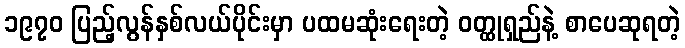
၁၉၇၀ ပြည့်လွန်နှစ်လယ်ပိုင်းမှာ ပထမဆုံးရေးတဲ့ ဝတ္ထုရှည်နဲ့ စာပေဆုရတဲ့